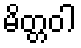
မိတ္တဝါ